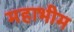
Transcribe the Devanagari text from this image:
महाभीम